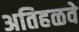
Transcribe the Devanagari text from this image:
अतिहळवे